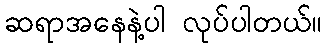
ဆရာအနေနဲ့ပါ လုပ်ပါတယ်။